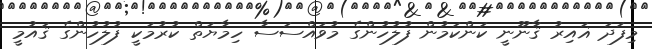
މިފަދަ ޣައިރު ޤާނޫނީ ކަންކަމުން ފުލުހުންގެ މުވައްސަސާ ހިމާޔަތް ކުރުމަކީ ފުލުހުންގެ ޤައުމީ